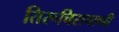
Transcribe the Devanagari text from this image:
तिरूचिरापल्‍ली